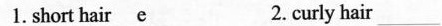
1. short hair___ _________e 2.curly hair_________